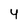
Character: 4